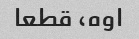
اوه، قطعا